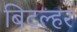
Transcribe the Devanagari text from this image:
बिटल्हर